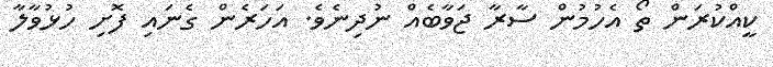
ކީއްކުރަން ތޯ އެހުމުން ސާރާ ޖަވާބެއް ނުދިނެވެ. އަހަރެން ގެނައި ފޮށި ހުޅުވާލާ